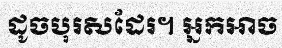
ដូចបុរសដែរ។ អ្នកអាច